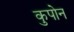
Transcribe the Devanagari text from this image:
कुपोन